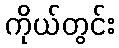
ကိုယ်တွင်း